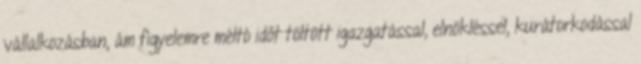
vállalkozásban, ám figyelemre méltó időt töltött igazgatással, elnökléssel, kurátorkodással